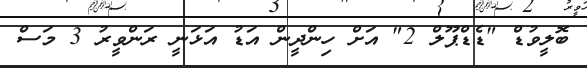
ބޮލީވުޑް "ޑެޑްޕޫލް 2" އަށް ހިންދީން އަޑު އަޅަނީ ރަންވީރު 3 މަސް